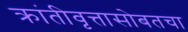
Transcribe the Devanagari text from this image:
क्रांतीवृत्तासोबतचा